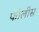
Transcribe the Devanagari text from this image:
फोलीस